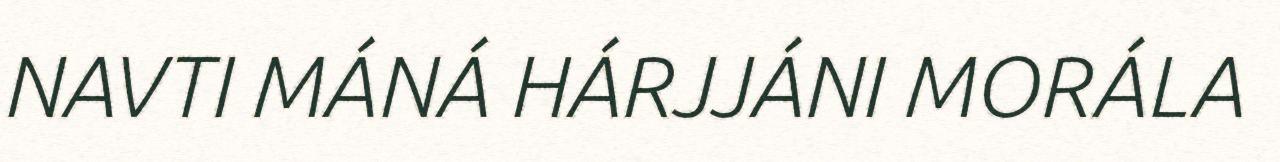
NAVTI MÁNÁ HÁRJJÁNI MORÁLA